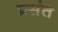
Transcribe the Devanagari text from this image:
प्रसंत